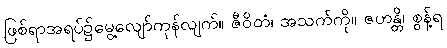
ဖြစ်ရာအရပ်၌မွေ့လျော်ကုန်လျက်။ ဇီဝိတံ၊ အသက်ကို။ ဇဟန္တိ၊ စွန့်ရ